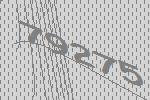
79275